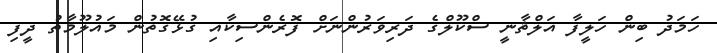
ހަމަދު ބިން ހަލީފާ އަލްޘާނީ ސްކޫލްގެ ދަރިވަރުންނަށް ފޮރެންސިކާއި ގުޅޭގޮތުން މައުލޫމާތު ދީފި